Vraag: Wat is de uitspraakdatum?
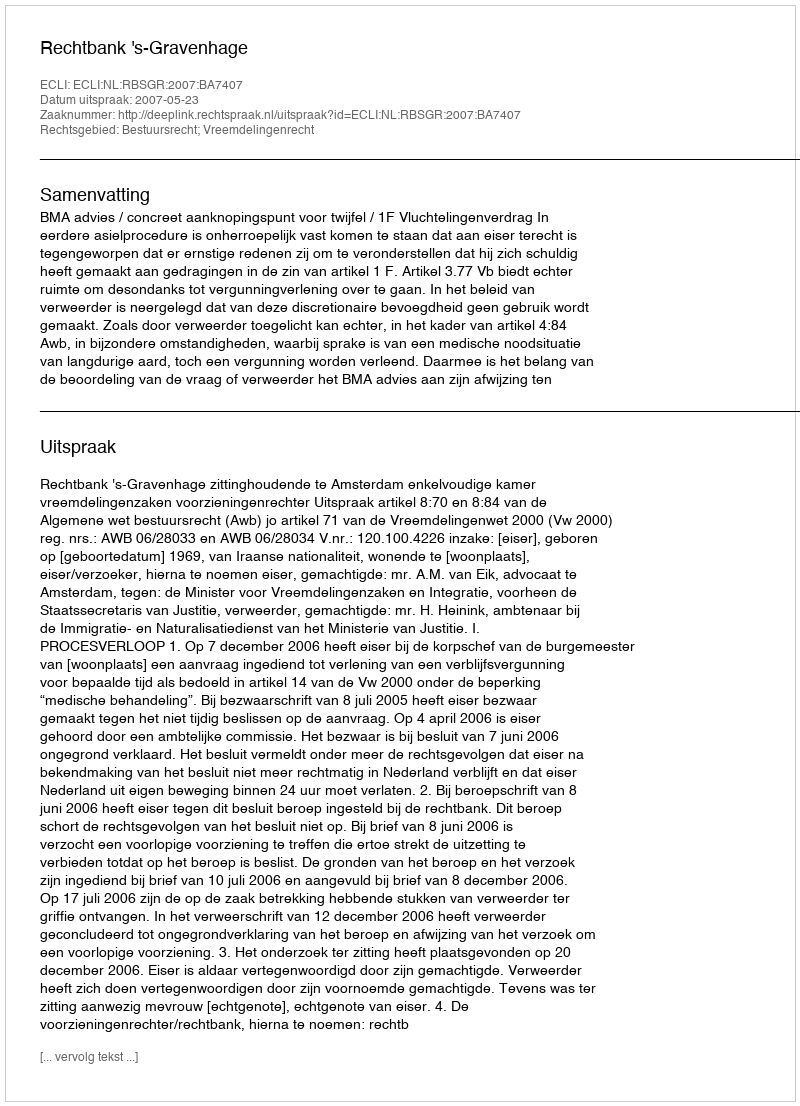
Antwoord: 2007-05-23